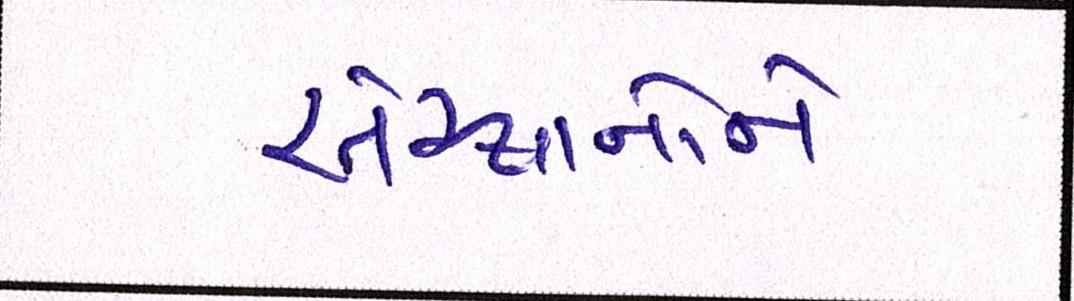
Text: સંસ્થાનોને